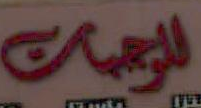
للوجبات